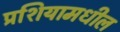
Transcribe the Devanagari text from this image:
प्रशियामधील